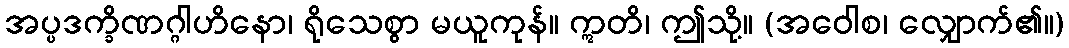
အပ္ပဒက္ခိဏဂ္ဂါဟိနော၊ ရိုသေစွာ မယူကုန်။ ဣတိ၊ ဤသို့။ (အဝေါစ၊ လျှောက်၏။)